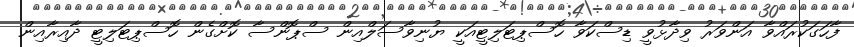
ފާހަގަކުރައްވާ އަންވަރު ވިދާޅުވީ ޑިސްކަވާ ހޮސްޕިޓަލިޓީއަކީ ޔުނިވާސަލްއިން ސްޕޮންސާ ކޮށްގެން ހޮސްޕިޓަލިޓީ ދާއިރާއިން